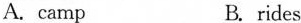
A.camp B.rides